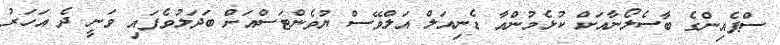
ސްޕެއިންގެ ބާސެލޯނާއަށް ކުޅެމުންއާ ޑެނިއަލް އަލްވޭސް ޔުވެންޓަސްއަށް ބަދަލުވެފައި ވަނީ ދެ އަހަރު